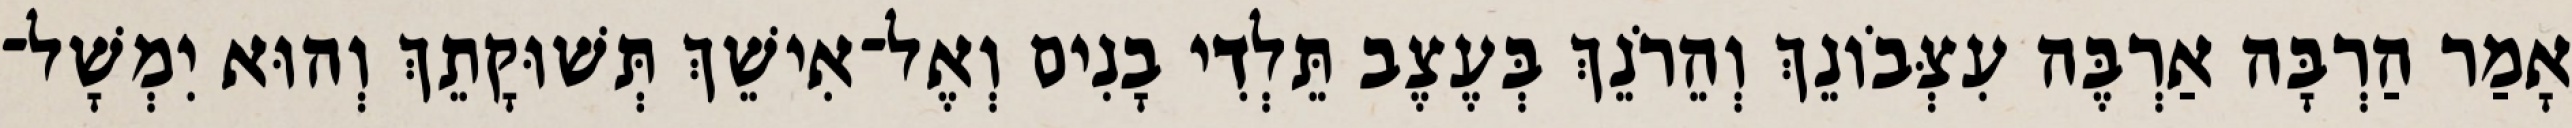
אָמַר הַרְבָּה אַרְבֶּה עִצְּבֹונֵךְ וְהֵרֹנֵךְ בְּעֶצֶב תֵּלְדִי בָנִים וְאֶל־אִישֵׁךְ תְּשׁוּקָתֵךְ וְהוּא יִמְשָׁל־